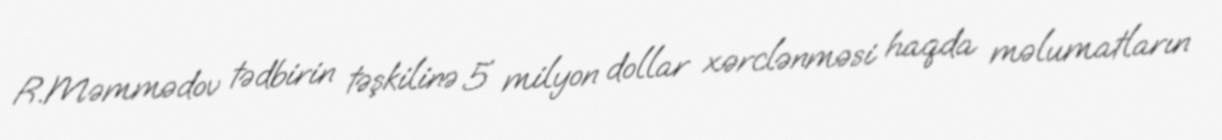
R.Məmmədov tədbirin təşkilinə 5 milyon dollar xərclənməsi haqda məlumatların